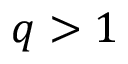
q > 1